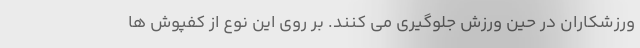
ورزشکاران در حین ورزش جلوگیری می کنند. بر روی این نوع از کفپوش ها